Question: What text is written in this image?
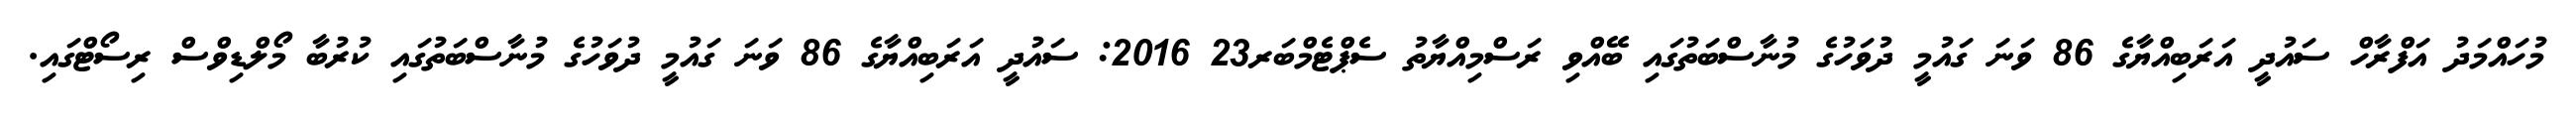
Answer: މުހައްމަދު އަފްރާހް ސައުދީ އަރަބިއްޔާގެ 86 ވަނަ ގައުމީ ދުވަހުގެ މުނާސްބަތުގައި ބޭއްވި ރަސްމިއްޔާތު ސެޕްޓެމްބަރ23 2016: ސައުދީ އަރަބިއްޔާގެ 86 ވަނަ ގައުމީ ދުވަހުގެ މުނާސްބަތުގައި ކުރުބާ މޯލްޑިވްސް ރިސޯޓްގައި.